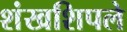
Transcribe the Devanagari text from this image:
शंखशिपले